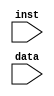
`timescale 1ns / 1ps
//////////////////////////////////////////////////////////////////////////////////
// Company: 
// Engineer: 
// 
// Design Name: 
// Module Name: signext
// Project Name: 
// Target Devices: 
// Tool Versions: 
// Description: 
// 
// Dependencies: 
// 
// Revision:
// Revision 0.01 - File Created
// Additional Comments:
// 
//////////////////////////////////////////////////////////////////////////////////


module signext(
    input [15:0] inst,
    input [31:0] data
    );
    
    assign data = (inst[15] == 1) ? (inst + 32'b11111111111111110000000000000000) : (inst + 32'b0);
    
endmodule